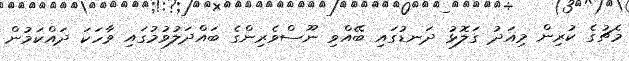
މެޗުގެ ކުރިން މިއަދު ގަލޮޅު ދަނޑުގައި ބޭއްވި ނޫސްވެރިންގެ ބައްދަލުވުމުގައި ވާހަކަ ދައްކަމުން